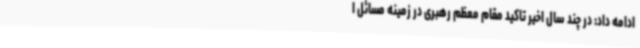
ادامه داد: در چند سال اخیر تاکید مقام معظم رهبری در زمینه مسائل ا